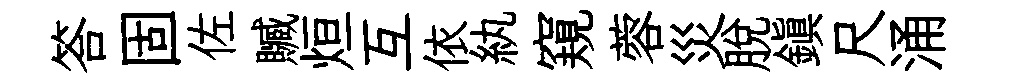
答固佐贓烜互依紈窺蓉災脱鎭尺涌